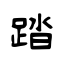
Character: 踏